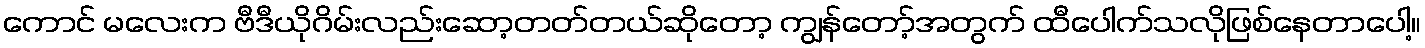
ကောင် မလေးက ဗီဒီယိုဂိမ်းလည်းဆော့တတ်တယ်ဆိုတော့ ကျွန်တော့်အတွက် ထီပေါက်သလိုဖြစ်နေတာပေါ့။